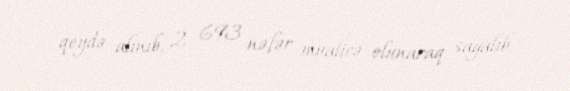
qeydə alınıb, 2 693 nəfər müalicə olunaraq sağalıb.